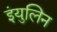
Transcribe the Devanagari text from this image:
इंयुलिन